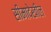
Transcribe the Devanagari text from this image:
सीमादेखील